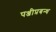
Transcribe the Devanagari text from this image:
पञ्जीप्रबन्ध